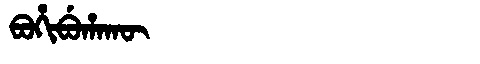
Manchu: ᠪᠣᡥᡳᠪᡠᡥᠠᡴᡡ
Romanization: BOHIBUHAKŪ